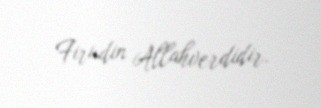
Firudin Allahverdidir.